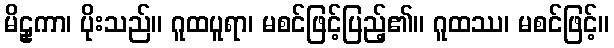
မိဠှကာ၊ ပိုးသည်။ ဂူထပူရာ၊ မစင်ဖြင့်ပြည့်၏။ ဂူထဿ၊ မစင်ဖြင့်။